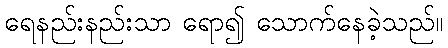
ရေနည်းနည်းသာ ရော၍ သောက်နေခဲ့သည်။